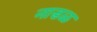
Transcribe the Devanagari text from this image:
नाडळ